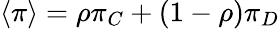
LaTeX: \langle\pi\rangle=\rho\pi_{C}+(1-\rho)\pi_{D}